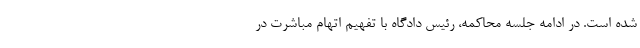
شده است. در ادامه جلسه محاکمه، رئیس دادگاه با تفهیم اتهام مباشرت در